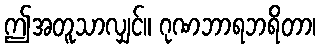
ဤအတူသာလျှင်။ ဂုဏဘာရဘရိတာ၊